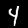
Label: 4